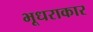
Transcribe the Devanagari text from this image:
भूधराकार